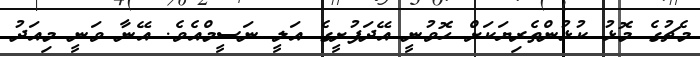
މެޗުގެ މޮޅު ކުޅުންތެރިޔަކަށް ހޮވުނީ އޭދަފުށީގެ އަލީ ނަސީމްއެވެ. އޭނާ ވަނީ މިއަދު